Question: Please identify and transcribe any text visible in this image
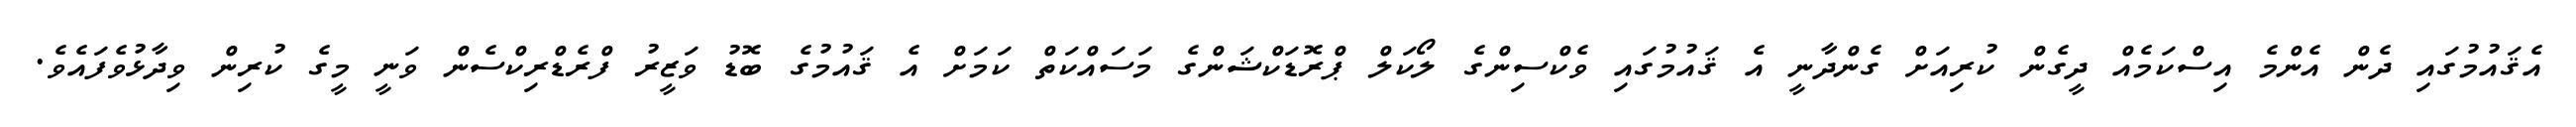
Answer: އެޤައުމުގައި ދެން އެންމެ އިސްކަމެއް ދީގެން ކުރިއަށް ގެންދާނީ އެ ޤައުމުގައި ވެކްސިންގެ ލޯކަލް ޕްރޮޑަކްޝަންގެ މަސައްކަތް ކަމަށް އެ ޤައުމުގެ ބޮޑު ވަޒީރު ފްރެޑްރިކްސެން ވަނީ މީގެ ކުރިން ވިދާޅުވެފައެވެ.